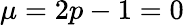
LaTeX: \mu=2p-1=0